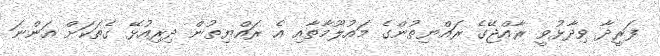
ފަރީދާ ވިދާޅުވީ ރާއްޖޭގެ ރައްޔިތުންގެ މައުލޫމާތާއި އެ ރައްޔިތުން ދިރިއުޅޭ ގެތަކަށް އަންނަ